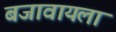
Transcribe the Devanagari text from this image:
बजावायला